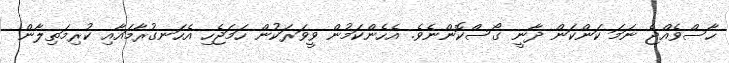
ހާސްވެއްޖެ ނަމަ ކަންކަން ދާނީ ގޯސްކޮންނެވެ. އެހެންކަމުން ވީވަރަކުން ހަމަޖެހި އެހަނގުރާމައާއި ކުރިމަތިލާން